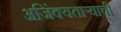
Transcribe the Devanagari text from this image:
अजिंक्‍यतार्‍याची